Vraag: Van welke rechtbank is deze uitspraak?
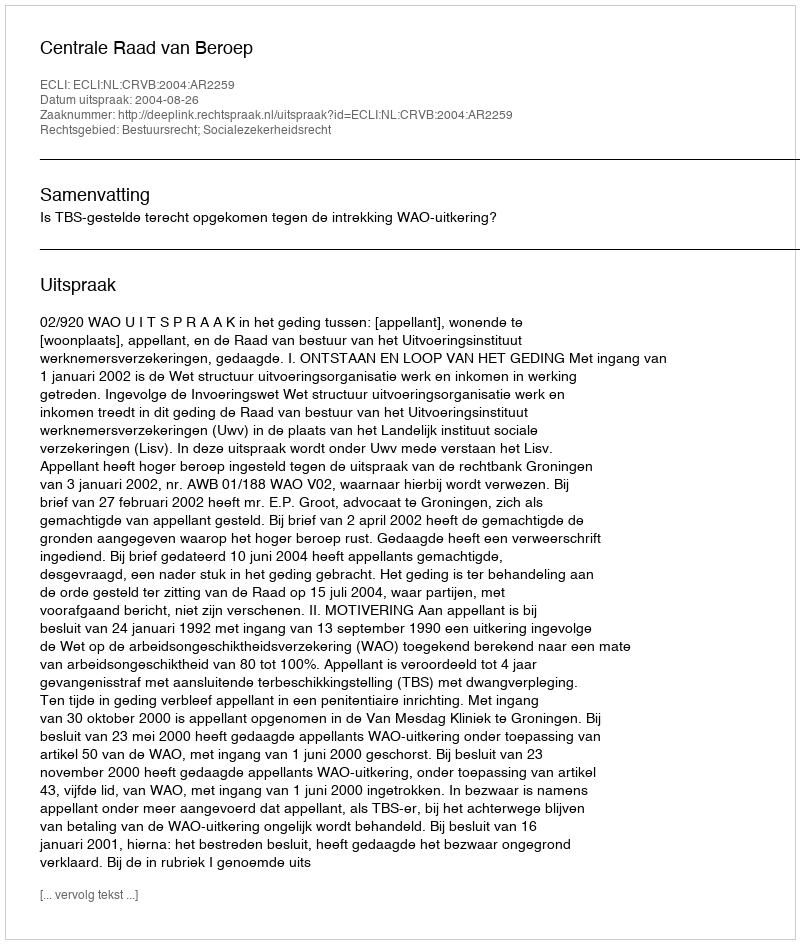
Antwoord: Centrale Raad van Beroep